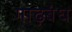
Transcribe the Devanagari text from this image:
गाढ़बंध